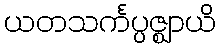
ယတသင်္ကပ္ပဇ္ဈာယိ